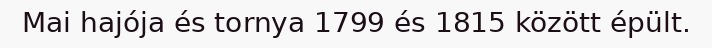
Mai hajója és tornya 1799 és 1815 között épült.